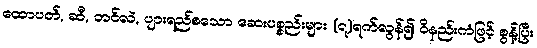
ထောပတ်, ဆီ, တင်လဲ, ပျားရည်စသော ဆေးပစ္စည်းများ (၇)ရက်လွန်၍ ဝိနည်းကံဖြင့် စွန့်ပြီး